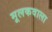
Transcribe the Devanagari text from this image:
मूलकवाला